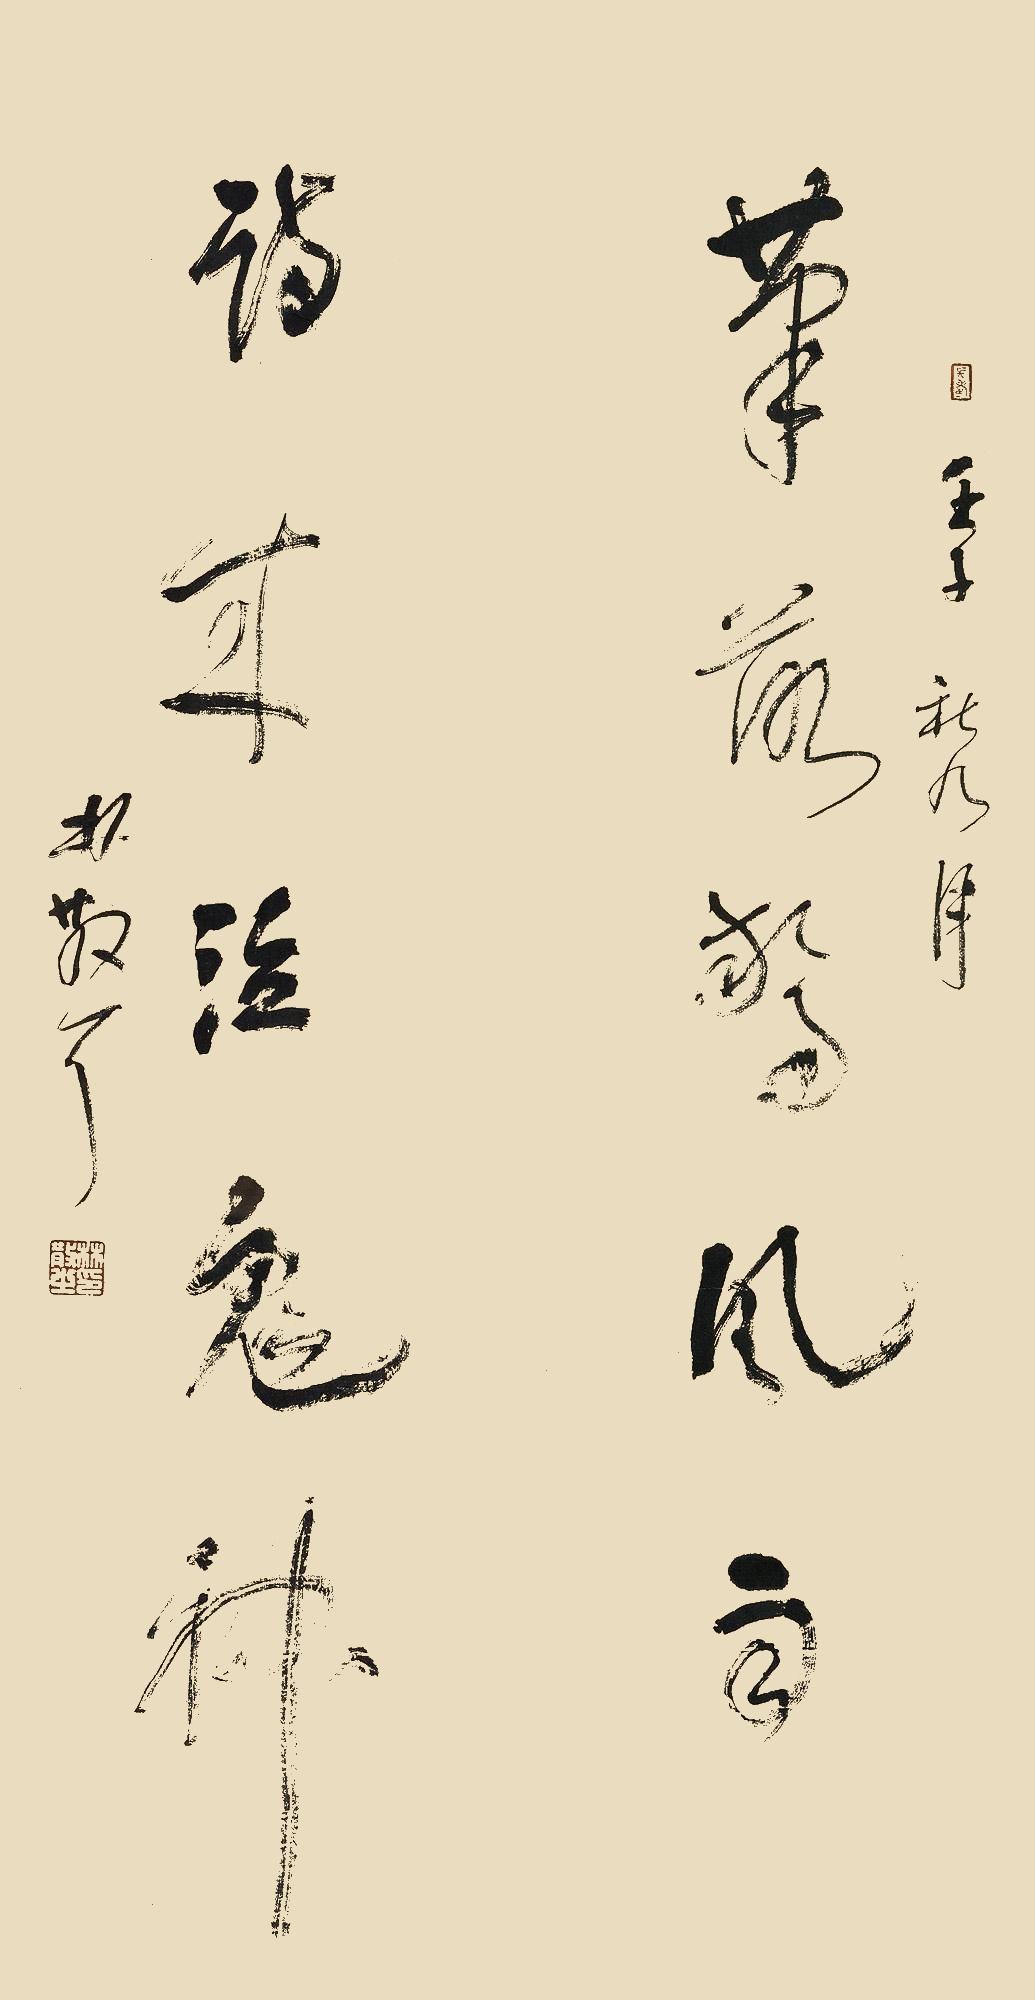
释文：笔落惊风雨，诗成泣鬼神。壬子秋九月。林散耳。